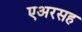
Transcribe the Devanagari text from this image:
एअरसह